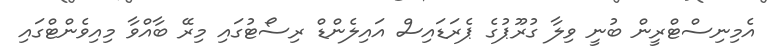
އެމިނިސްޓްރީން ބުނީ ވިލާ ގުރޫޕުގެ ޕެރަޑައިސް އައިލެންޑް ރިސޯޓުގައި މިރޭ ބާއްވާ މިއިވެންޓްގައި